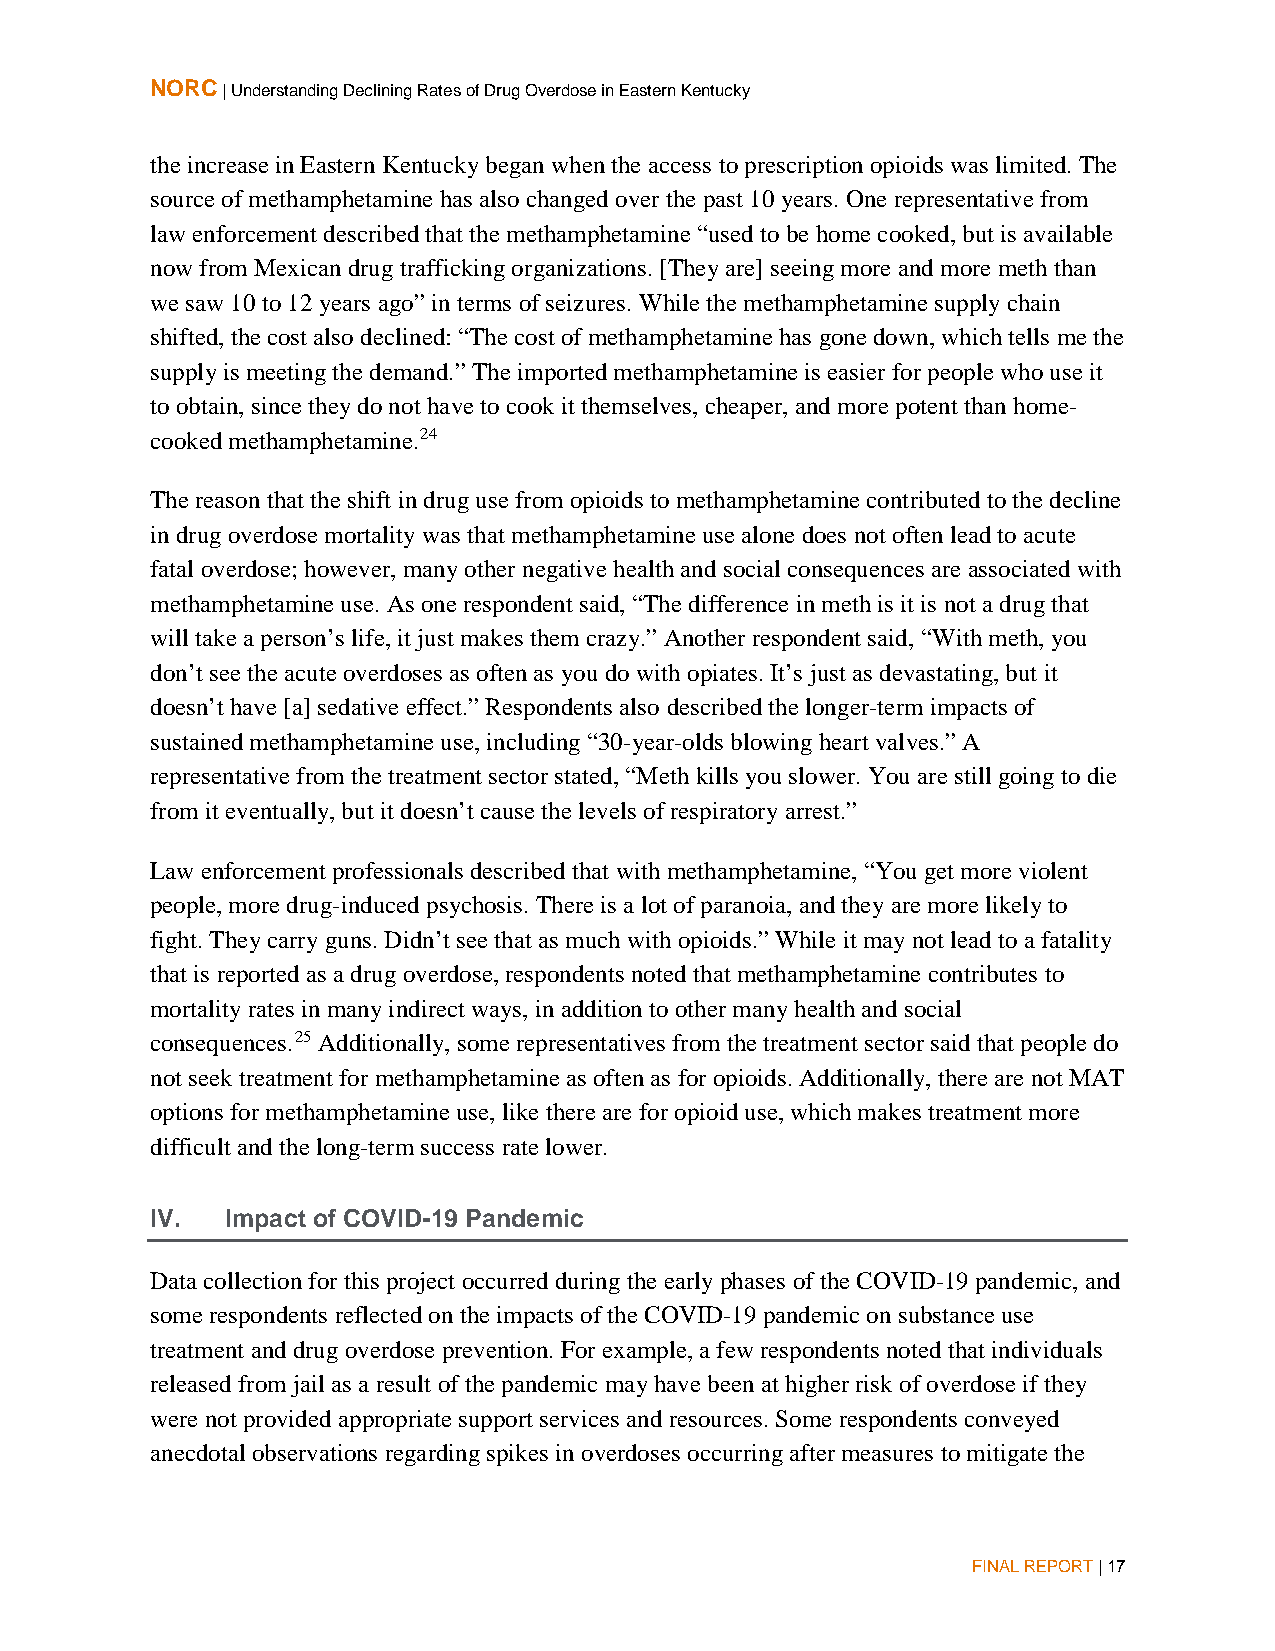
NORC | Understanding Declining Rates of Drug Overdose in Eastern Kentucky
 the increase in Eastern Kentucky began when the access to prescription opioids was limited. The
 source of methamphetamine has also changed over the past 10 years. One representative from
 law enforcement described that the methamphetamine “used to be home cooked, but is available
 now from Mexican drug trafficking organizations. [They are] seeing more and more meth than
 we saw 10 to 12 years ago” in terms of seizures. While the methamphetamine supply chain
 shifted, the cost also declined: “The cost of methamphetamine has gone down, which tells me the
 supply is meeting the demand.” The imported methamphetamine is easier for people who use it
 to obtain, since they do not have to cook it themselves, cheaper, and more potent than home-
 cooked methamphetamine.24
 The reason that the shift in drug use from opioids to methamphetamine contributed to the decline
 in drug overdose mortality was that methamphetamine use alone does not often lead to acute
 fatal overdose; however, many other negative health and social consequences are associated with
 methamphetamine use. As one respondent said, “The difference in meth is it is not a drug that
 will take a person’s life, it just makes them crazy.” Another respondent said, “With meth, you
 don’t see the acute overdoses as often as you do with opiates. It’s just as devastating, but it
 doesn’t have [a] sedative effect.” Respondents also described the longer-term impacts of
 sustained methamphetamine use, including “30-year-olds blowing heart valves.” A
 representative from the treatment sector stated, “Meth kills you slower. You are still going to die
 from it eventually, but it doesn’t cause the levels of respiratory arrest.”
 Law enforcement professionals described that with methamphetamine, “You get more violent
 people, more drug-induced psychosis. There is a lot of paranoia, and they are more likely to
 fight. They carry guns. Didn’t see that as much with opioids.” While it may not lead to a fatality
 that is reported as a drug overdose, respondents noted that methamphetamine contributes to
 mortality rates in many indirect ways, in addition to other many health and social
 consequences.25 Additionally, some representatives from the treatment sector said that people do
 not seek treatment for methamphetamine as often as for opioids. Additionally, there are not MAT
 options for methamphetamine use, like there are for opioid use, which makes treatment more
 difficult and the long-term success rate lower.
 IV.  Impact of COVID-19 Pandemic
 Data collection for this project occurred during the early phases of the COVID-19 pandemic, and
 some respondents reflected on the impacts of the COVID-19 pandemic on substance use
 treatment and drug overdose prevention. For example, a few respondents noted that individuals
 released from jail as a result of the pandemic may have been at higher risk of overdose if they
 were not provided appropriate support services and resources. Some respondents conveyed
 anecdotal observations regarding spikes in overdoses occurring after measures to mitigate the
 FINAL REPORT | 17